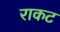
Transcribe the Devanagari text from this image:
राकट